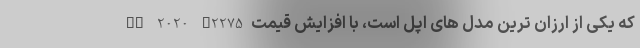
SE 2020 A2275 که یکی از ارزان ترین مدل های اپل است، با افزایش قیمت